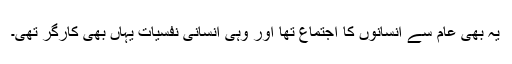
یہ بھی عام سے انسانوں کا اجتماع تھا اور وہی انسانی نفسیات یہاں بھی کارگر تھی۔